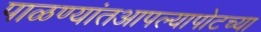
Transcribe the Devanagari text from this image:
पाळण्यांतआपल्यापोटच्या